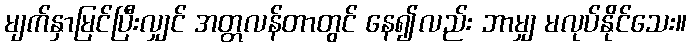
မျက်နှာမြင်ပြီးလျှင် အတ္တလန်တာတွင် နေ၍လည်း ဘာမျှ မလုပ်နိုင်သေး။